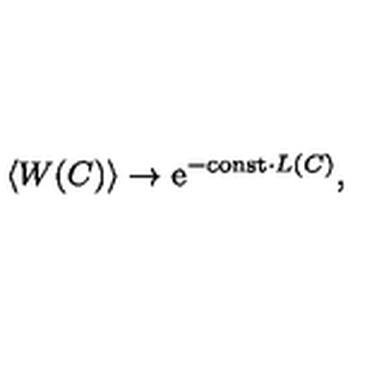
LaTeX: \left< W ( C ) \right> \to \mathrm { e } ^ { - \mathrm { c o n s t } \cdot L ( C ) } ,